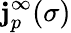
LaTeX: \mathbf{j}_{p}^{\infty}(\sigma)